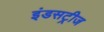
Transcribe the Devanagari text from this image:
इंडसट्रीज